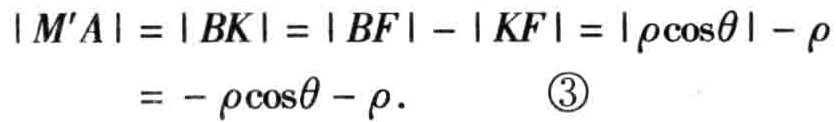
\[
\begin{align*}
\left|M'A\right|&=\left|BK\right|=\left|BF\right| - \left|KF\right|=\left|\rho\cos\theta\right| - \rho\\
&= -\rho\cos\theta - \rho.\quad \textcircled{3}
\end{align*}
\]